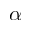
\alpha